Madras plague regulations and rules for district municipalities and other towns and villages
Disease focus: Plague
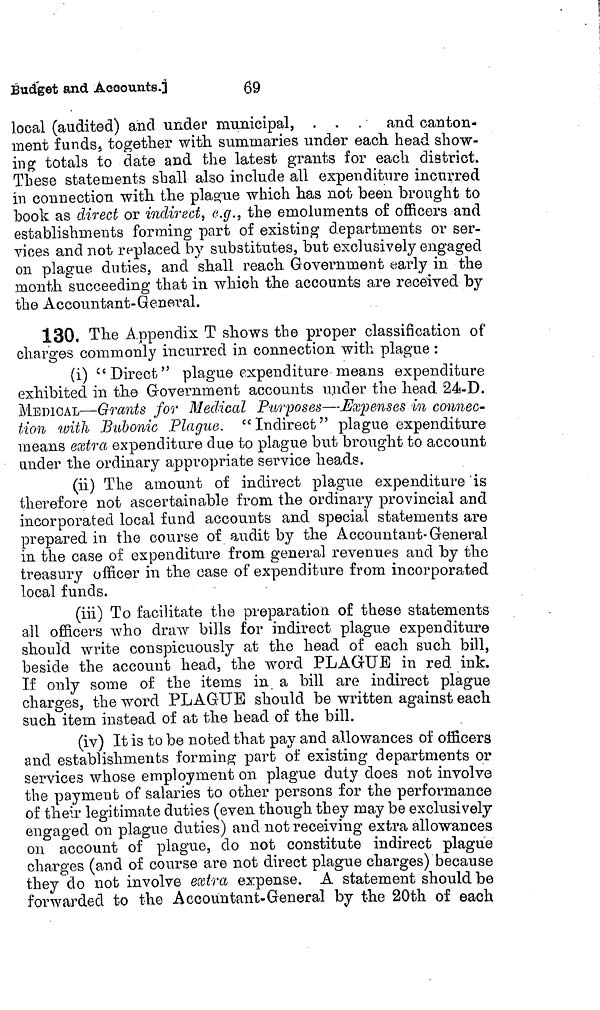
Budget and Accounts.]
69
local (audited) and under municipal, . . . and canton-
ment funds, together with summaries under each head show-
ing totals to date and the latest grants for each district.
These statements shall also include all expenditure incurred
in connection with the plague which has not been brought to
book as direct or indirect, e.g., the emoluments of officers and
establishments forming part of existing departments or ser-
vices and not replaced by substitutes, but exclusively engaged
on plague duties, and shall reach Government early in the
month succeeding that in which the accounts are received by
the Accountant-General.
130. The Appendix T shows the proper classification of
charges commonly incurred in connection with plague :
(i) "Direct" plague expenditure means expenditure
exhibited in the Government accounts under the head 24-D.
MEDICAL—Grants for Medical Purposes—Expenses in connec-
tion with Bubonic Plague. "Indirect" plague expenditure
means extra expenditure due to plague but brought to account
ander the ordinary appropriate service heads.
(ii) The amount of indirect plague expenditure is
therefore not ascertain able from the ordinary provincial and
incorporated local fund accounts and special statements are
prepared in the course of audit by the Accountant-General
in the case of expenditure from general revenues and by the
treasury officer in the case of expenditure from incorporated
local funds.
(iii) To facilitate the preparation of these statements
all officers who draw bills for indirect plague expenditure
should write conspicuously at the head of each such bill,
beside the account head, the word PLAGUE in red ink.
If only some of the items in a bill are indirect plague
charges, the word PLAGUE should be written against each
such item instead of at the head of the bill.
(iv) It is to be noted that pay and allowances of officers
and establishments forming part of existing departments or
services whose employment on plague duty does not involve
the payment of salaries to other persons for the performance
of their legitimate duties (even though they may be exclusively
engaged on plague duties) and not receiving extra allowances
on account of plague, do not constitute indirect plague
charges (and of course are not direct plague charges) because
they do not involve extra expense. A statement should be
forwarded to the Accountant-General by the 20th of each